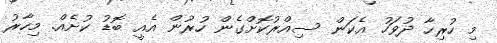
މި ހުރިހާ ދުވަހު އެކަން ސިއްރުކޮށްގެން ހުރުން އެއީ ބޮޑު ކުށެއް. މިހާރު